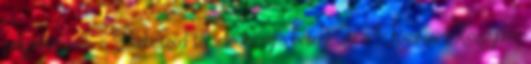
polgármestere, a Párbeszéd társelnöke újra beterjeszti a Fővárosi Közgyűlés